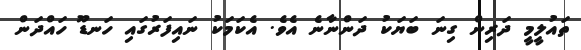
ތައުލީމީ ދަރިން ގިނަ ބަޔަކު ދަންނާނެ އެވެ. އެކަމަކު ނައިފަރުގައި ހަނޑޫ ހައްދަން